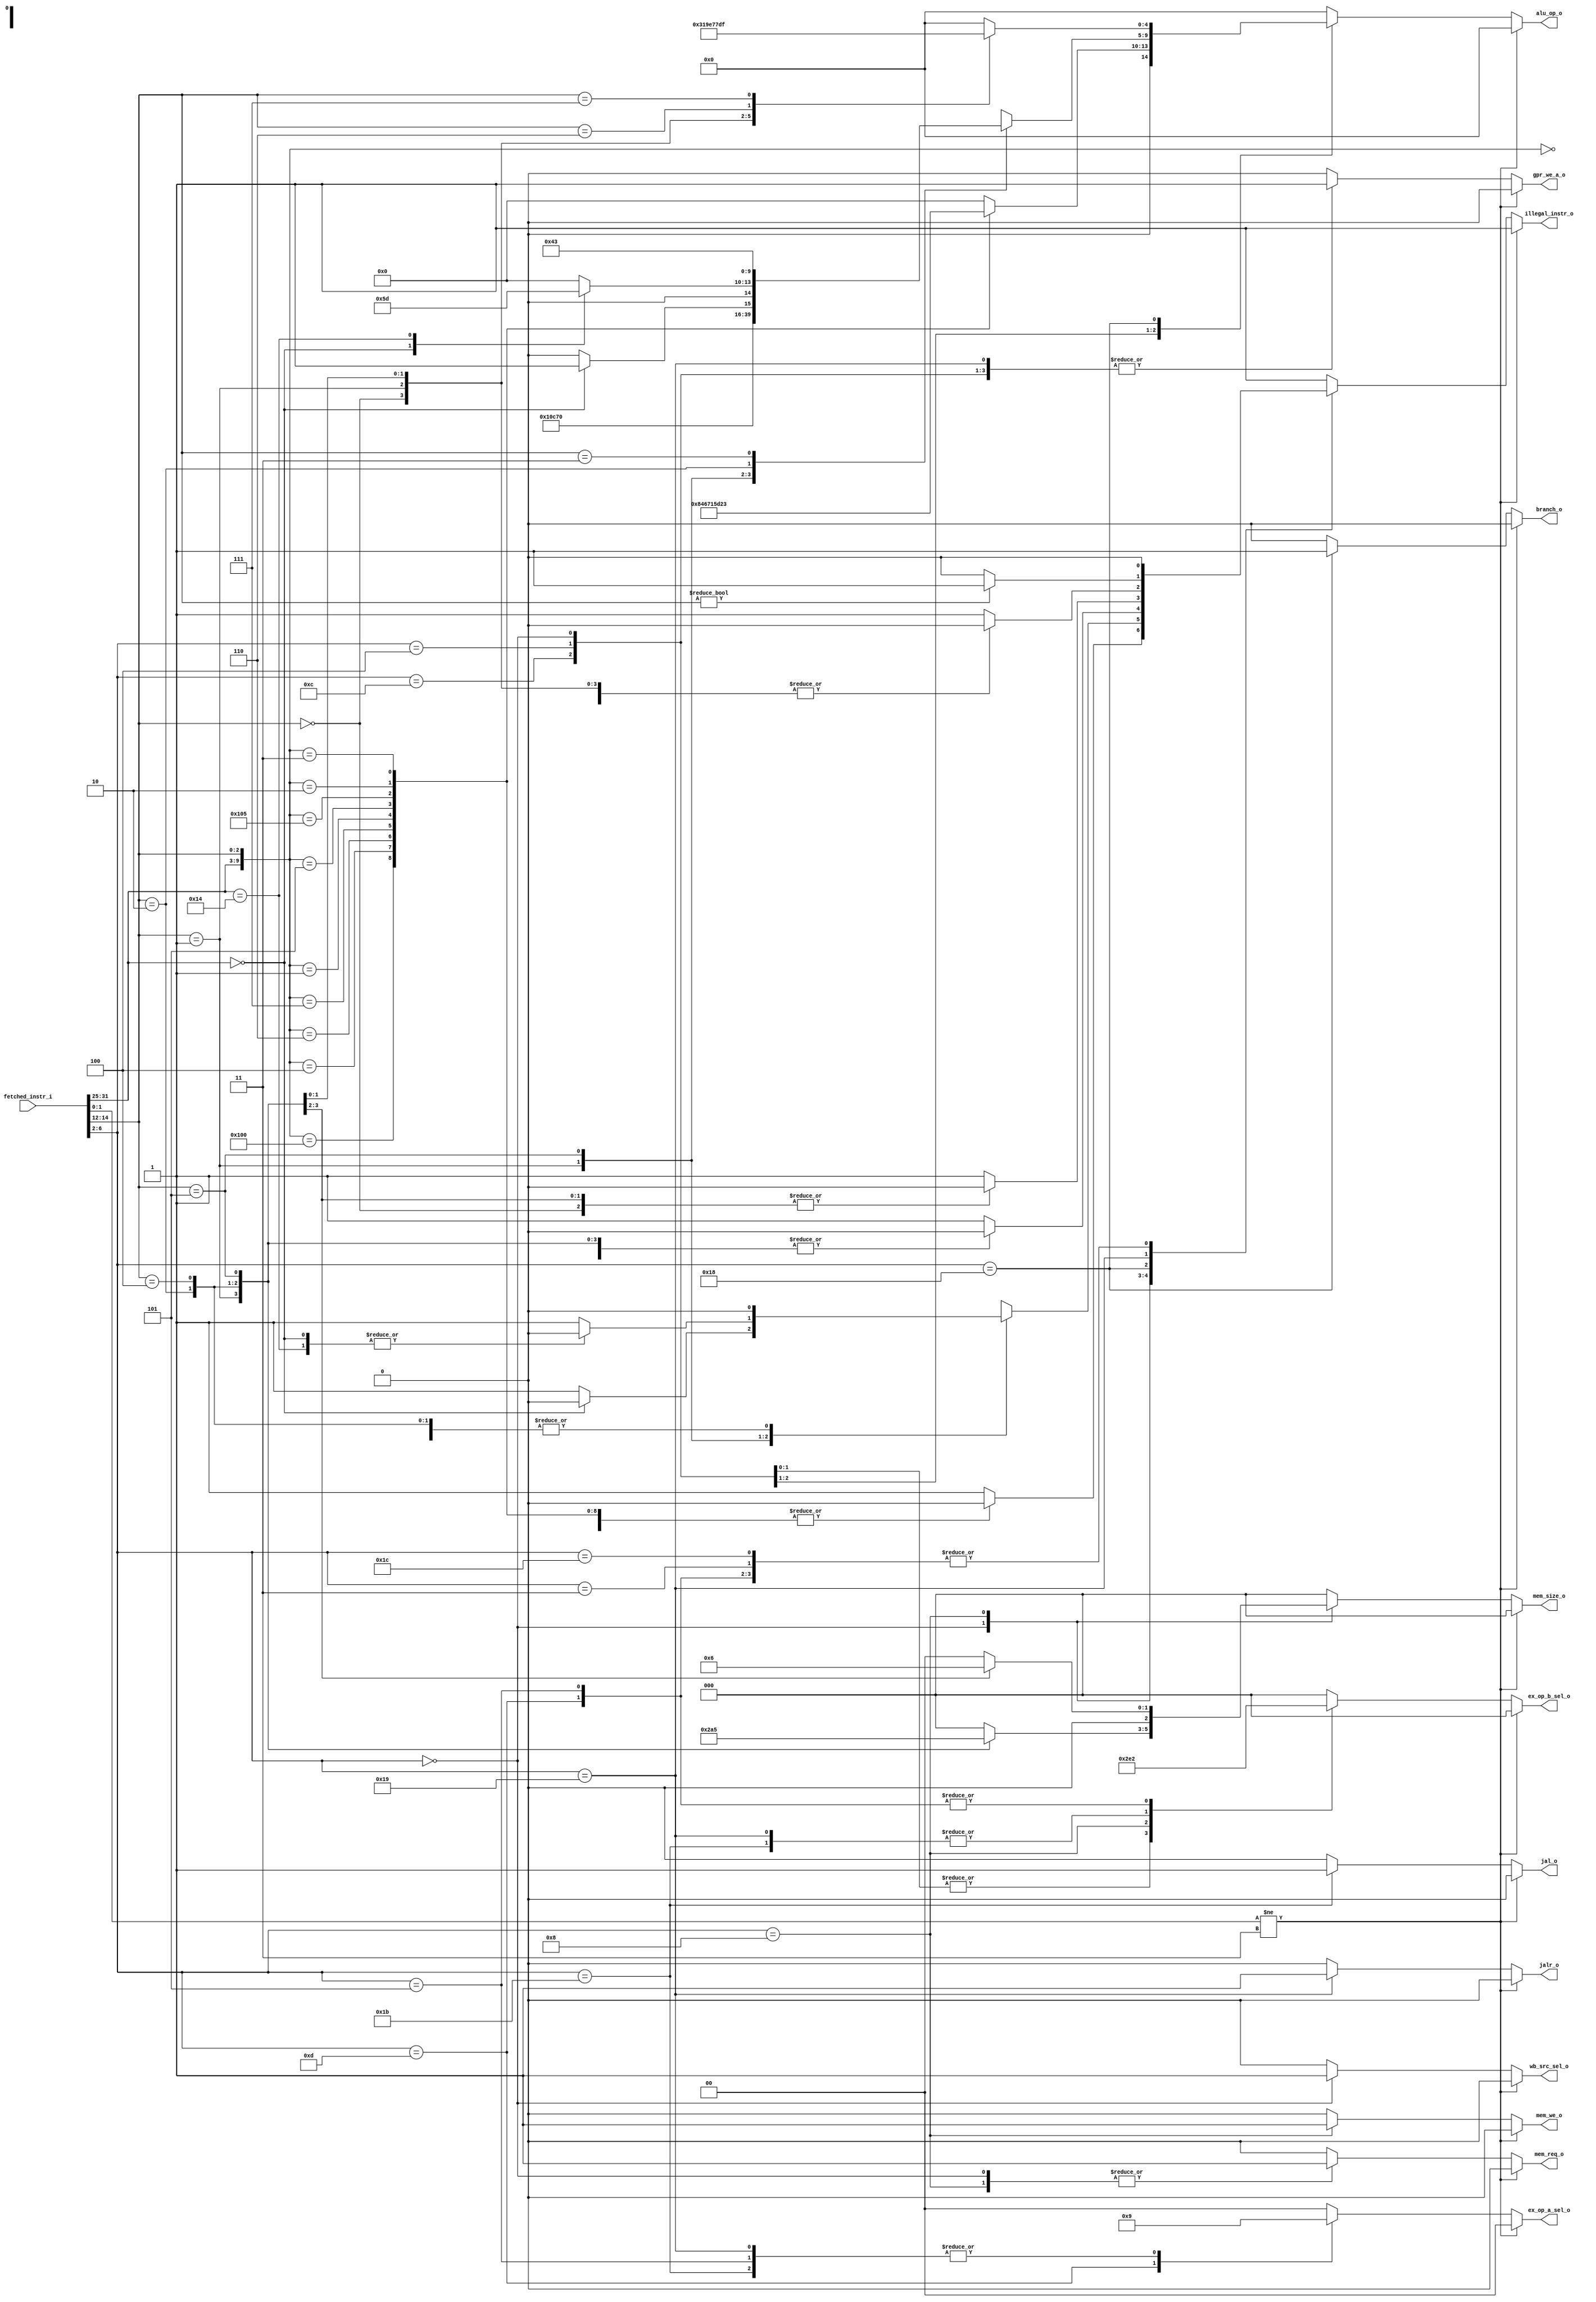

/* rd  5-    (register destination),
 rs1  rs2 - 5-    () (register source)*/
 
`define RESET_ADDR 32'h00000000

`define ALU_OP_WIDTH  5

`define ALU_ADD   5'b00000
`define ALU_SUB   5'b01000

`define ALU_XOR   5'b00100
`define ALU_OR    5'b00110
`define ALU_AND   5'b00111

// shifts
`define ALU_SRA   5'b01101
`define ALU_SRL   5'b00101
`define ALU_SLL   5'b00001

// comparisons
`define ALU_LTS   5'b11100
`define ALU_LTU   5'b11110
`define ALU_GES   5'b11101
`define ALU_GEU   5'b11111
`define ALU_EQ    5'b11000
`define ALU_NE    5'b11001

// set lower than operations
`define ALU_SLTS  5'b00010
`define ALU_SLTU  5'b00011

// opcodes
`define LOAD_OPCODE      5'b00_000 //   rd      rs1+imm
`define MISC_MEM_OPCODE  5'b00_011 //   , illegal_instr_o = 0
`define OP_IMM_OPCODE    5'b00_100 //   rd     rs1  imm
`define AUIPC_OPCODE     5'b00_101 //   rd     U- imm_u   
`define STORE_OPCODE     5'b01_000 //      rs1+imm   rs2
`define OP_OPCODE        5'b01_100 //   rd     rs1  rs2
`define LUI_OPCODE       5'b01_101 //   rd    U- imm_u
`define BRANCH_OPCODE    5'b11_000 //      imm,     rs1  rs2
`define JALR_OPCODE      5'b11_001 //   rd    ,     rs1
`define JAL_OPCODE       5'b11_011 //   rd    ,      imm
`define SYSTEM_OPCODE    5'b11_100 //   , illegal_instr_o = 0

// dmem type load store
`define LDST_B           3'b000
`define LDST_H           3'b001
`define LDST_W           3'b010
`define LDST_BU          3'b100
`define LDST_HU          3'b101

// FOR MUX
// operand a selection
`define OP_A_RS1         2'b00
`define OP_A_CURR_PC     2'b01
`define OP_A_ZERO        2'b10

// operand b selection
`define OP_B_RS2         3'b000
`define OP_B_IMM_I       3'b001
`define OP_B_IMM_U       3'b010
`define OP_B_IMM_S       3'b011
`define OP_B_INCR        3'b100

// writeback source selection
`define WB_EX_RESULT     1'b0
`define WB_LSU_DATA      1'b1



//`include "./defines_riscv.v"


module decoder_riscv (

  input       [31:0]  fetched_instr_i,    //   ,       
  
  output  reg [1:0]   ex_op_a_sel_o,      //        
  output  reg [2:0]   ex_op_b_sel_o,      //        
  
  output  reg [4:0]   alu_op_o,           //  
  
  output  reg         mem_req_o,          //      (  ), 1 -    -   
  output  reg         mem_we_o,           //     . 1,      ,  0 -    
  output  reg [2:0]   mem_size_o,         //        -   (  )
  
  output  reg         gpr_we_a_o,         //        
  output  reg         wb_src_sel_o,       //      ,    
  
  output  reg         illegal_instr_o,    //     (   )
  
  output  reg         branch_o,           //     
  output  reg         jal_o,              //      jal
  output  reg         jalr_o              //      jalr
  
);

    // 
    wire [2:0] funct3; //  ,   
    wire [6:0] funct7; //          
    
    assign funct3 = fetched_instr_i[14:12];
    assign funct7= fetched_instr_i[31:25];
    
    always@(*) begin
        ex_op_a_sel_o = 2'b0;
        ex_op_b_sel_o = 3'b0;
        alu_op_o = 5'b0;
        mem_req_o = 1'b0;
        mem_we_o = 1'b0;
        mem_size_o = 3'b0;
        gpr_we_a_o = 1'b0;
        wb_src_sel_o = 1'b0;
        branch_o = 1'b0;
        jal_o = 1'b0;
        jalr_o = 1'b0;
        illegal_instr_o = 1'b0;
        
        if(fetched_instr_i[1:0] != 2'b11)
            illegal_instr_o = 1'b1;
        else
            case(fetched_instr_i[6:2]) // opcode
            
                ///////////////////////////////////////////// Type R
                `OP_OPCODE: begin   //   rd     rs1  rs2
                    gpr_we_a_o = 1'b1;
                    ex_op_a_sel_o = 2'b0;
                    ex_op_b_sel_o = 3'b0;
                    wb_src_sel_o = 1'b0;
                    case({funct7,funct3})
                        10'b0000000_000: alu_op_o = `ALU_ADD;
                        10'b0100000_000: alu_op_o = `ALU_SUB;
                        10'b0000000_100: alu_op_o = `ALU_XOR;
                        10'b0000000_110: alu_op_o = `ALU_OR;
                        10'b0000000_111: alu_op_o = `ALU_AND;
                        10'b0000000_001: alu_op_o = `ALU_SLL;
                        10'b0000000_101: alu_op_o = `ALU_SRL;
                        10'b0100000_101: alu_op_o = `ALU_SRA;
                        10'b0000000_010: alu_op_o = `ALU_SLTS;
                        10'b0000000_011: alu_op_o = `ALU_SLTU;
                        default: illegal_instr_o = 1'b1;
                    endcase
                end
    
    
                ///////////////////////////////////////////// Type I
                `OP_IMM_OPCODE: begin   //   rd     rs1  imm
                    gpr_we_a_o = 1'b1;
                    ex_op_a_sel_o = 2'b0;
                    ex_op_b_sel_o = `OP_B_IMM_I;
                    wb_src_sel_o = 1'b0;
                    case(funct3)
                        3'd0: alu_op_o = `ALU_ADD;
                        3'd4: alu_op_o = `ALU_XOR;
                        3'd6: alu_op_o = `ALU_OR;
                        3'd7: alu_op_o = `ALU_AND;
                        3'd1:
                            if(funct7 == 7'd0)
                                alu_op_o = `ALU_SLL;
                            else
                                illegal_instr_o = 1'b1;
                        3'd5:
                            case(funct7)
                                7'd00: alu_op_o = `ALU_SRL;
                                7'd20: alu_op_o = `ALU_SRA;
                                default: illegal_instr_o = 1'b1;
                            endcase
                        3'd2: alu_op_o = `ALU_SLTS;
                        3'd3: alu_op_o = `ALU_SLTU;
                        default: illegal_instr_o = 1'b1;
                    endcase
                end
    
    
                /////////////////////////////////////////////   Type I
                `LOAD_OPCODE:   begin   //   rd      rs1+imm
                    gpr_we_a_o = 1'b1;
                    wb_src_sel_o = 1'b1;
                    mem_req_o = 1'b1;
                    mem_we_o = 1'b0;
                    ex_op_a_sel_o = 2'b0;
                    ex_op_b_sel_o = `OP_B_IMM_I; //3'h1
                    alu_op_o = `ALU_ADD;
                    case(funct3)
                        3'd0: mem_size_o = `LDST_B;
                        3'd1: mem_size_o = `LDST_H;
                        3'd2: mem_size_o = `LDST_W;
                        3'd4: mem_size_o = `LDST_BU;
                        3'd5: mem_size_o = `LDST_HU;
                        default: illegal_instr_o = 1'b1;
                    endcase
                end
                
                
                ///////////////////////////////////////////// Type S
                `STORE_OPCODE:  begin   //      rs1+imm   rs2
                    mem_req_o = 1'b1;
                    mem_we_o = 1'b1;
                    ex_op_a_sel_o = 2'b0;
                    ex_op_b_sel_o = `OP_B_IMM_S; //3'h3;
                    alu_op_o = `ALU_ADD;
                    case(funct3)
                        3'd0: mem_size_o = `LDST_B;
                        3'd1: mem_size_o = `LDST_H;
                        3'd2: mem_size_o = `LDST_W;
                        default: illegal_instr_o = 1'b1;
                    endcase
                end
                 
                
                ///////////////////////////////////////////// Type B (  )
                `BRANCH_OPCODE: begin   //      imm,     rs1  rs2
                    ex_op_a_sel_o = 2'd0;
                    ex_op_b_sel_o = 3'd0; //3'h3;
                    branch_o = 1'b1;
                    case(funct3)
                        3'd0: alu_op_o = `ALU_EQ;
                        3'd1: alu_op_o = `ALU_NE;
                        3'd4: alu_op_o = `ALU_LTS;
                        3'd5: alu_op_o = `ALU_GES;
                        3'd6: alu_op_o = `ALU_LTU;
                        3'd7: alu_op_o = `ALU_GEU;
                        default: illegal_instr_o = 1'b1;
                    endcase
                end
                
                ///////////////////////////////////////////// Type J (  )
                `JAL_OPCODE:    begin   //   rd    ,      imm
                    jal_o = 1'b1;
                    ex_op_a_sel_o = 2'd1;
                    ex_op_b_sel_o = 3'd4;
                    alu_op_o = `ALU_ADD;
                    wb_src_sel_o = 1'b0;
                    gpr_we_a_o = 1'b1;
                end
                
                ///////////////////////////////////////////// Type I
                `JALR_OPCODE:   begin   //   rd    ,     rs1
                    if(funct3 != 3'd0)
                        illegal_instr_o = 1'b1;
                        jalr_o = 1'b1;
                        ex_op_a_sel_o = 2'd1;
                        ex_op_b_sel_o = 3'd4;
                        alu_op_o = `ALU_ADD;
                        gpr_we_a_o = 1'b1;
                end
                
                ///////////////////////////////////////////// Type U
                `LUI_OPCODE:    begin   //   rd    U- imm_u
                    wb_src_sel_o = 1'b0;
                    ex_op_a_sel_o = 2'd2;
                    ex_op_b_sel_o = 3'd2;
                    alu_op_o = `ALU_ADD;
                    gpr_we_a_o = 1'b1;
                end
                
                ///////////////////////////////////////////// Type U
                `AUIPC_OPCODE:  begin   //   rd     U- imm_u   
                    wb_src_sel_o = 1'b0;
                    ex_op_a_sel_o = 2'd1;
                    ex_op_b_sel_o = 3'd2;
                    alu_op_o = `ALU_ADD;
                    gpr_we_a_o = 1'b1;
                end 
                
                ///////////////////////////////////////////// Type FENCE
                `MISC_MEM_OPCODE:   begin   //   , illegal_instr_o = 0
                    illegal_instr_o = 0;
                end
                
                
                // ECALL, EBREAK INSTR -------------------------
                `SYSTEM_OPCODE: begin   //   , illegal_instr_o = 0
                end
                
                default:
                illegal_instr_o = 1'b1;
                endcase
                
                end

endmodule